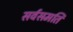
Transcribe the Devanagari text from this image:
सर्वसमति